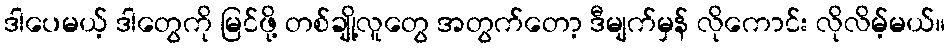
ဒါပေမယ့် ဒါတွေကို မြင်ဖို့ တစ်ချို့လူတွေ အတွက်တော့ ဒီမျက်မှန် လိုကောင်း လိုလိမ့်မယ်။